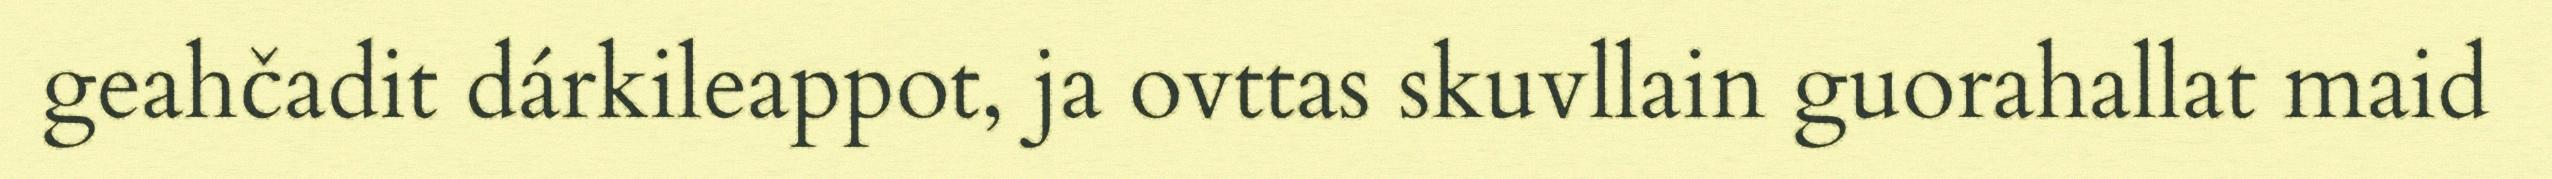
geahčadit dárkileappot, ja ovttas skuvllain guorahallat maid